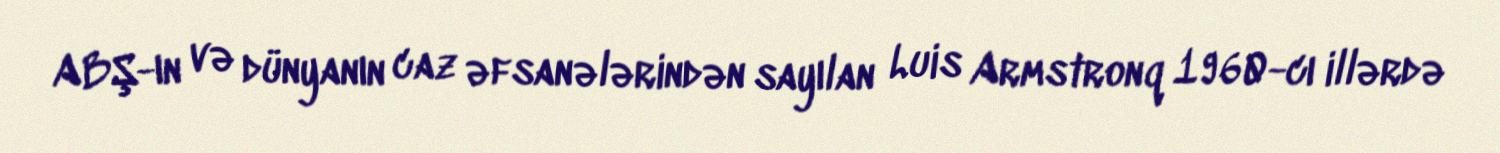
ABŞ-ın və dünyanın caz əfsanələrindən sayılan Luis Armstronq 1960-cı illərdə